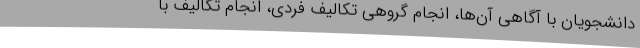
دانشجویان با آگاهی آن‌ها، انجام گروهی تکالیف فردی، انجام تکالیف با